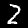
Label: 2